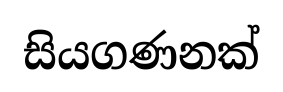
සියගණනක්